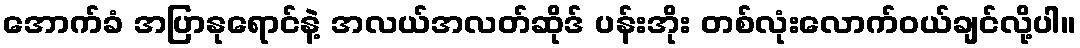
အောက်ခံ အပြာနုရောင်နဲ့ အလယ်အလတ်ဆိုဒ် ပန်းအိုး တစ်လုံးလောက်ဝယ်ချင်လို့ပါ။